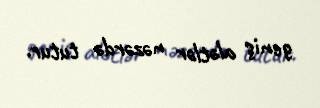
geniş alətlər nəzərdə tutur.